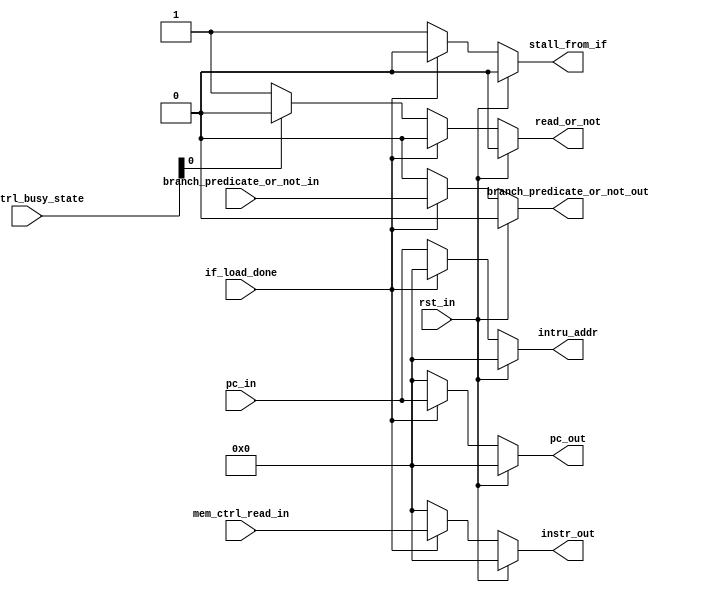
module IF (
    input  wire rst_in,
    //from pc
    input wire branch_predicate_or_not_in,
    //to if_id
    output reg branch_predicate_or_not_out,
    //from pc
    input wire[31:0] pc_in,
    //to if_id
    output reg[31:0] pc_out,
    output reg[31:0] instr_out,
    //to stallctrl
    output reg stall_from_if,
    //from mem ctrl
    input wire if_load_done,
    input  wire[1:0] mem_ctrl_busy_state,
    input wire[31:0] mem_ctrl_read_in,
    //to mem ctrl
    output reg read_or_not,  
    output  reg[31:0] intru_addr
);
always @(*)
begin
    read_or_not=0;
    intru_addr=0;
    pc_out=0;
    instr_out=0;
    stall_from_if=0;  
    branch_predicate_or_not_out=0;
    if (rst_in==1) begin
        
    end 
    else if(if_load_done==1) begin
        instr_out=mem_ctrl_read_in;
        pc_out=pc_in; 
        branch_predicate_or_not_out=branch_predicate_or_not_in;
    end else
        begin
            if( mem_ctrl_busy_state[0]==1) begin
                intru_addr=pc_in;  
                stall_from_if=1;     
            end
            else begin
                stall_from_if=1;
                read_or_not=1;
                intru_addr=pc_in;
            end           
        end
end

endmodule //IF